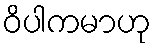
ဝိပါကမာဟု